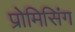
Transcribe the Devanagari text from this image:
प्रोमिसिंग